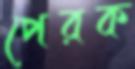
পেরক